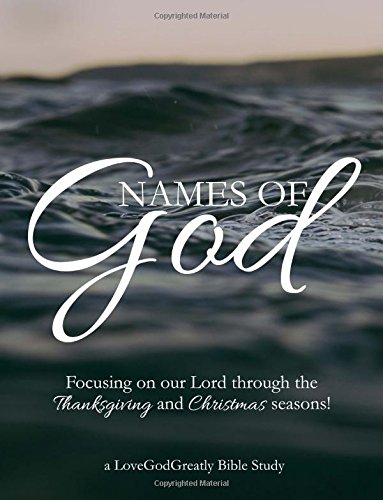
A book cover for Names of God: Focusing on our Lord through Thanksgiving and Christmas!; Love God Greatly; Reference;